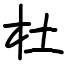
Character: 杜